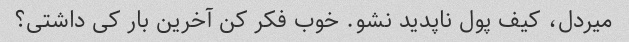
میردل، کیف پول ناپدید نشو. خوب فکر کن آخرین بار کی داشتی؟